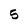
Character: 5